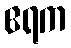
ဧရက